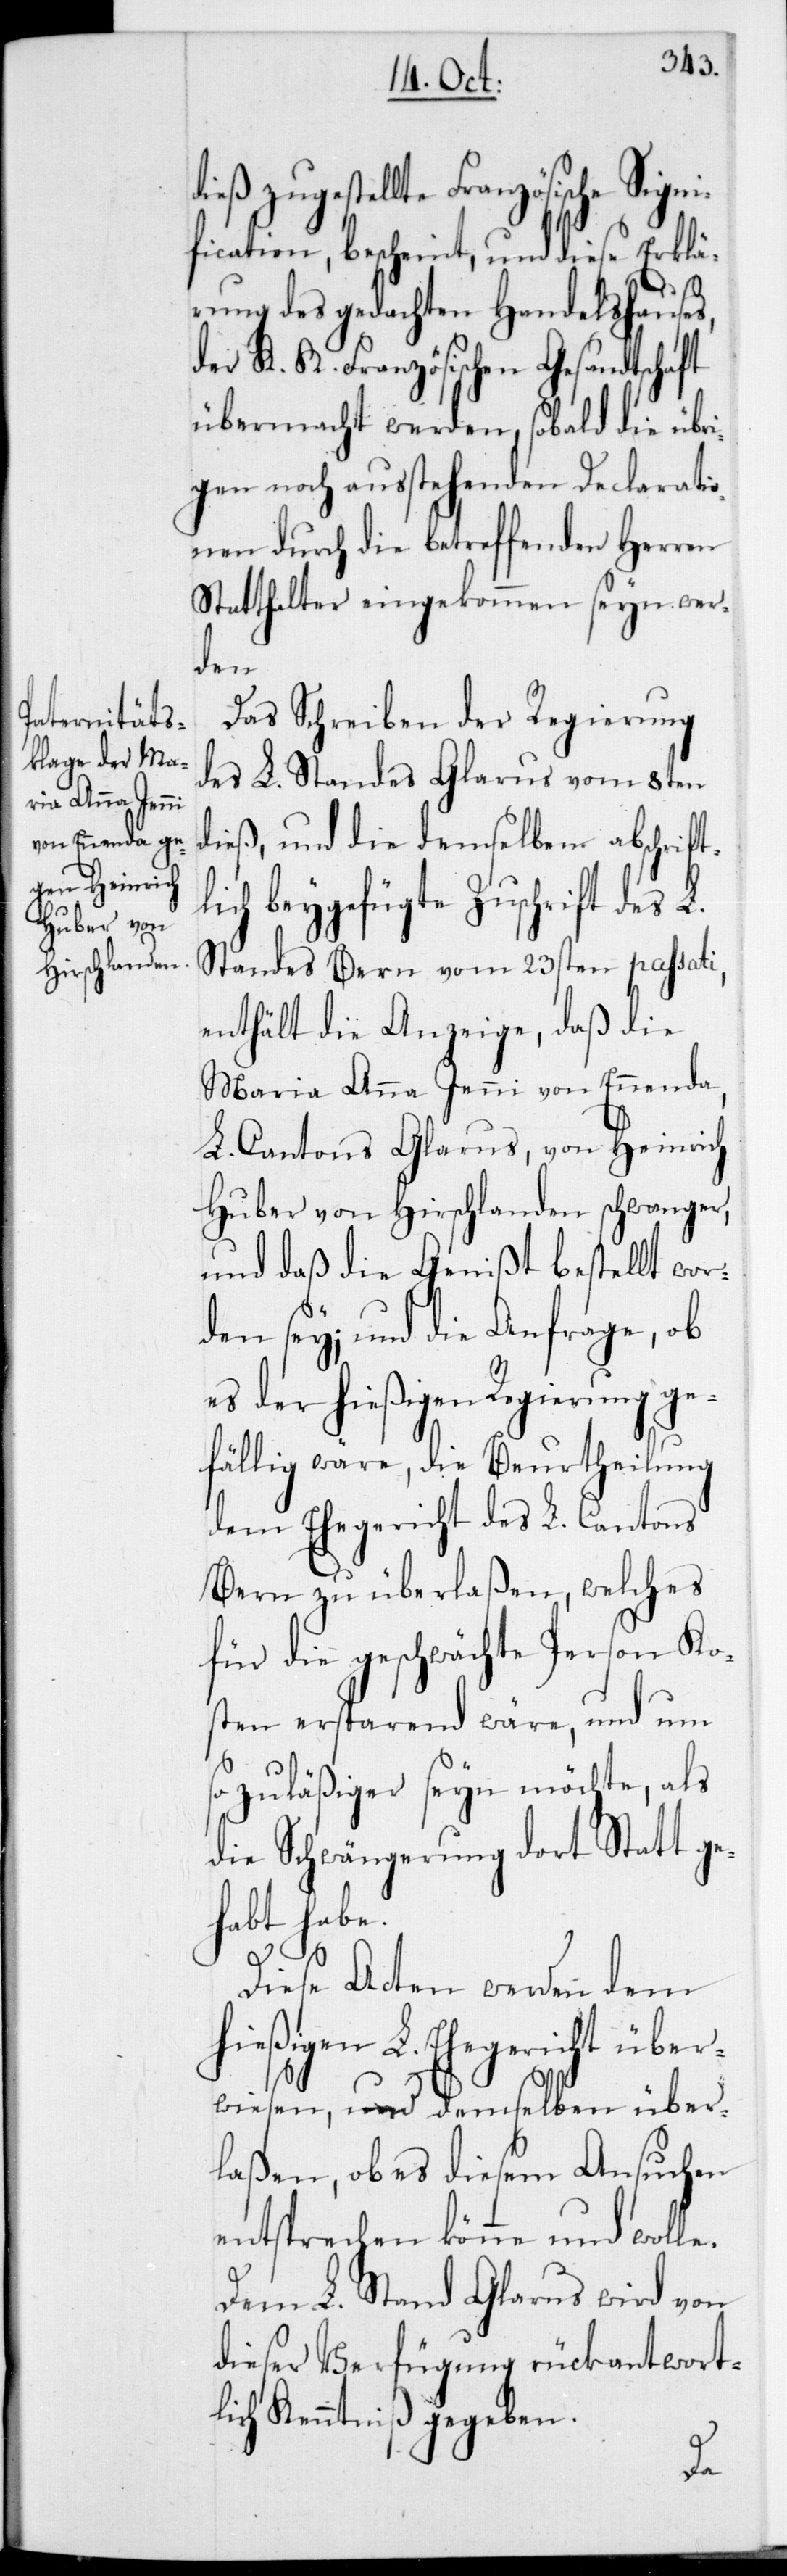
dieß zugestellte Französische Signi¬
fication, bescheint, und diese Erklä¬
rung des gedachten Handelshauses
der K. K. Französischen Gesandtschaft
übermacht werden, sobald die übr¬
igen noch ausstehenden Declarati¬
onen durch die betreffenden Herren
Statthalter eingekommen seyn wer¬
den.
Das Schreiben der Regierung
des L. Standes Glarus vom 8ten
dieß, und die demselben abschrift¬
lich beygefügte Zuschrift des L.
Standes Bern vom 23sten passati,
enthält die Anzeige, daß die
Maria Anna Jenni von Ennenda,
L. Cantons Glarus, von Heinrich
Huber von Hirschlanden schwanger,
und daß die Genißt bestellt wor¬
den sei; und die Anfrage, ob
es der hießigen Regierung ge¬
fällig wäre, die Beurtheilung
dem Ehegericht des L. Cantons
Bern zu überlaßen, welches
für die geschwächte Person Ko¬
sten ersparend wäre, und ums¬
o zulässiger sein möchte, als
die Schwängerung dort stattge¬
habt hab¬
Diese Acten werden dem
hießigen L. Ehegericht über¬
wiesen, und demselben über¬
laßen, ob es diesem Ansuchen
entsprechen könne und wol¬
Dem L. Stand Glarus wird von
dieser Verfügung rückantwort¬
lich Kenntniß gegeben.
le.